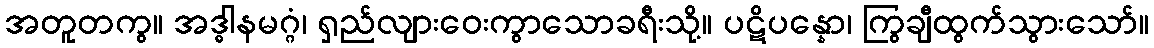
အတူတကွ။ အဒ္ဓါနမဂ္ဂံ၊ ရှည်လျားဝေးကွာသောခရီးသို့။ ပဋိပန္နော၊ ကြွချီထွက်သွားသော်။